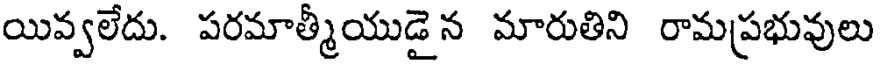
యివ్వలేదు. పరమాత్మీయుడై న మారుతిని రామప్రభువులు